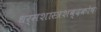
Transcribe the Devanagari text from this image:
धर्मशास्त्रशब्दकोषः